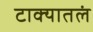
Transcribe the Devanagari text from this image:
टाक्यातलं